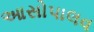
આસોપાલવ